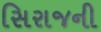
સિરાજની